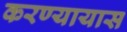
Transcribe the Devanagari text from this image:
करण्यायास